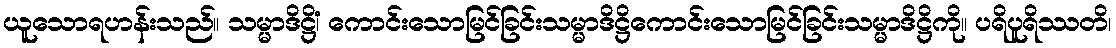
ယူသောရဟန်းသည်။ သမ္မာဒိဋ္ဌိံ၊ ကောင်းသောမြင်ခြင်းသမ္မာဒိဋ္ဌိကောင်းသောမြင်ခြင်းသမ္မာဒိဋ္ဌိကို။ ပရိပူရိဿတိ၊